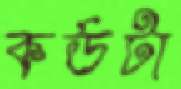
কর্ডটা